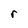
Character: r